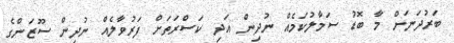
ބަރުދަނަށް މާ ބޮޑު ސަމާލުކަމެއް ނުދިން އަދި ކަސްރަތަށް ފަރުވާލެއް ނުދިން ސޫޒަންގެ